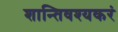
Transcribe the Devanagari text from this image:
शान्तिवश्यकरं